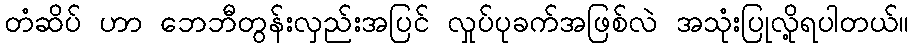
တံဆိပ် ဟာ ဘေဘီတွန်းလှည်းအပြင် လှုပ်ပုခက်အဖြစ်လဲ အသုံးပြုလို့ရပါတယ်။